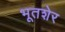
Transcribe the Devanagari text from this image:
भूतशेर